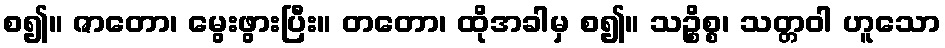
စ၍။ ဇာတော၊ မွေးဖွားပြီး။ တတော၊ ထိုအခါမှ စ၍။ သဉ္စိစ္စ၊ သတ္တဝါ ဟူသော